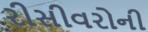
રીસીવરોની